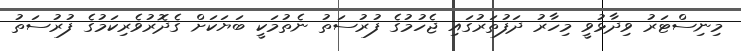
މިނިސްޓަރު ވިދާޅުވީ މިހާރު ދަފުތަރުގައި ޖެހުމުގެ ފުރުސަތު ނެތުމަކީ ބަޔަކަށް ގެދޮރުވެރިކަމުގެ ފުރުސަތު